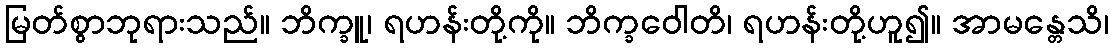
မြတ်စွာဘုရားသည်။ ဘိက္ခူ၊ ရဟန်းတို့ကို။ ဘိက္ခဝေါတိ၊ ရဟန်းတို့ဟူ၍။ အာမန္တေသိ၊